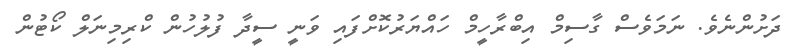
ދަށުންނެވެ. ނަމަވެސް ގާސިމް އިބްރާހީމް ހައްޔަރުކޮށްފައި ވަނީ ސީދާ ފުލުހުން ކްރިމިނަލް ކޯޓުން